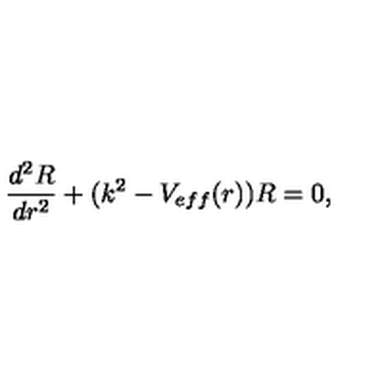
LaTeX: \frac { d ^ { 2 } R } { d r ^ { 2 } } + ( k ^ { 2 } - V _ { e f f } ( r ) ) R = 0 ,